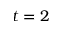
t = 2